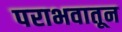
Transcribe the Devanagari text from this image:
पराभवातून